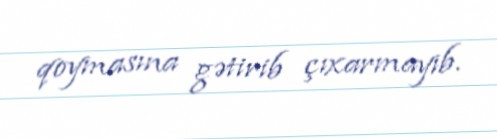
qoymasına gətirib çıxarmayıb.